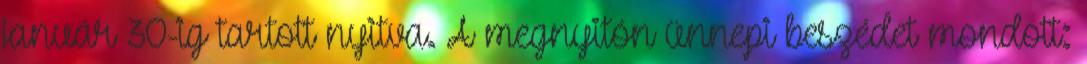
január 30-ig tartott nyitva. A megnyitón ünnepi beszédet mondott: